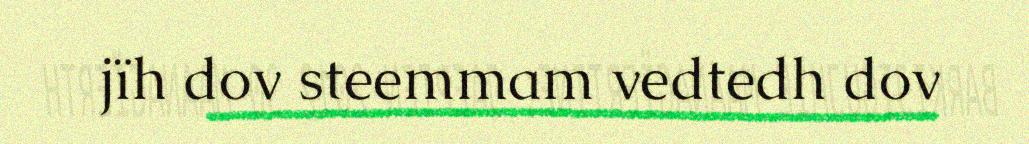
jïh dov steemmam vedtedh dov